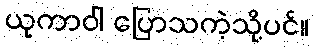
ယုကာဝါ ပြောသကဲ့သို့ပင်။